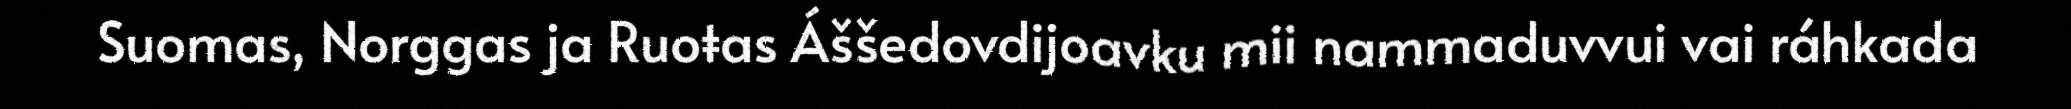
Suomas, Norggas ja Ruoŧas Áššedovdijoavku mii nammaduvvui vai ráhkada